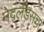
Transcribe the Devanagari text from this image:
नेदर्लंडसचा